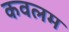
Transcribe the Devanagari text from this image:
कवलम